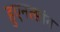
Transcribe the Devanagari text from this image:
हुएनत्सांग